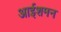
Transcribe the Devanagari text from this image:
आईशमन